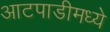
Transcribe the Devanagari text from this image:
आटपाडीमध्ये